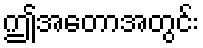
ဤအတောအတွင်း